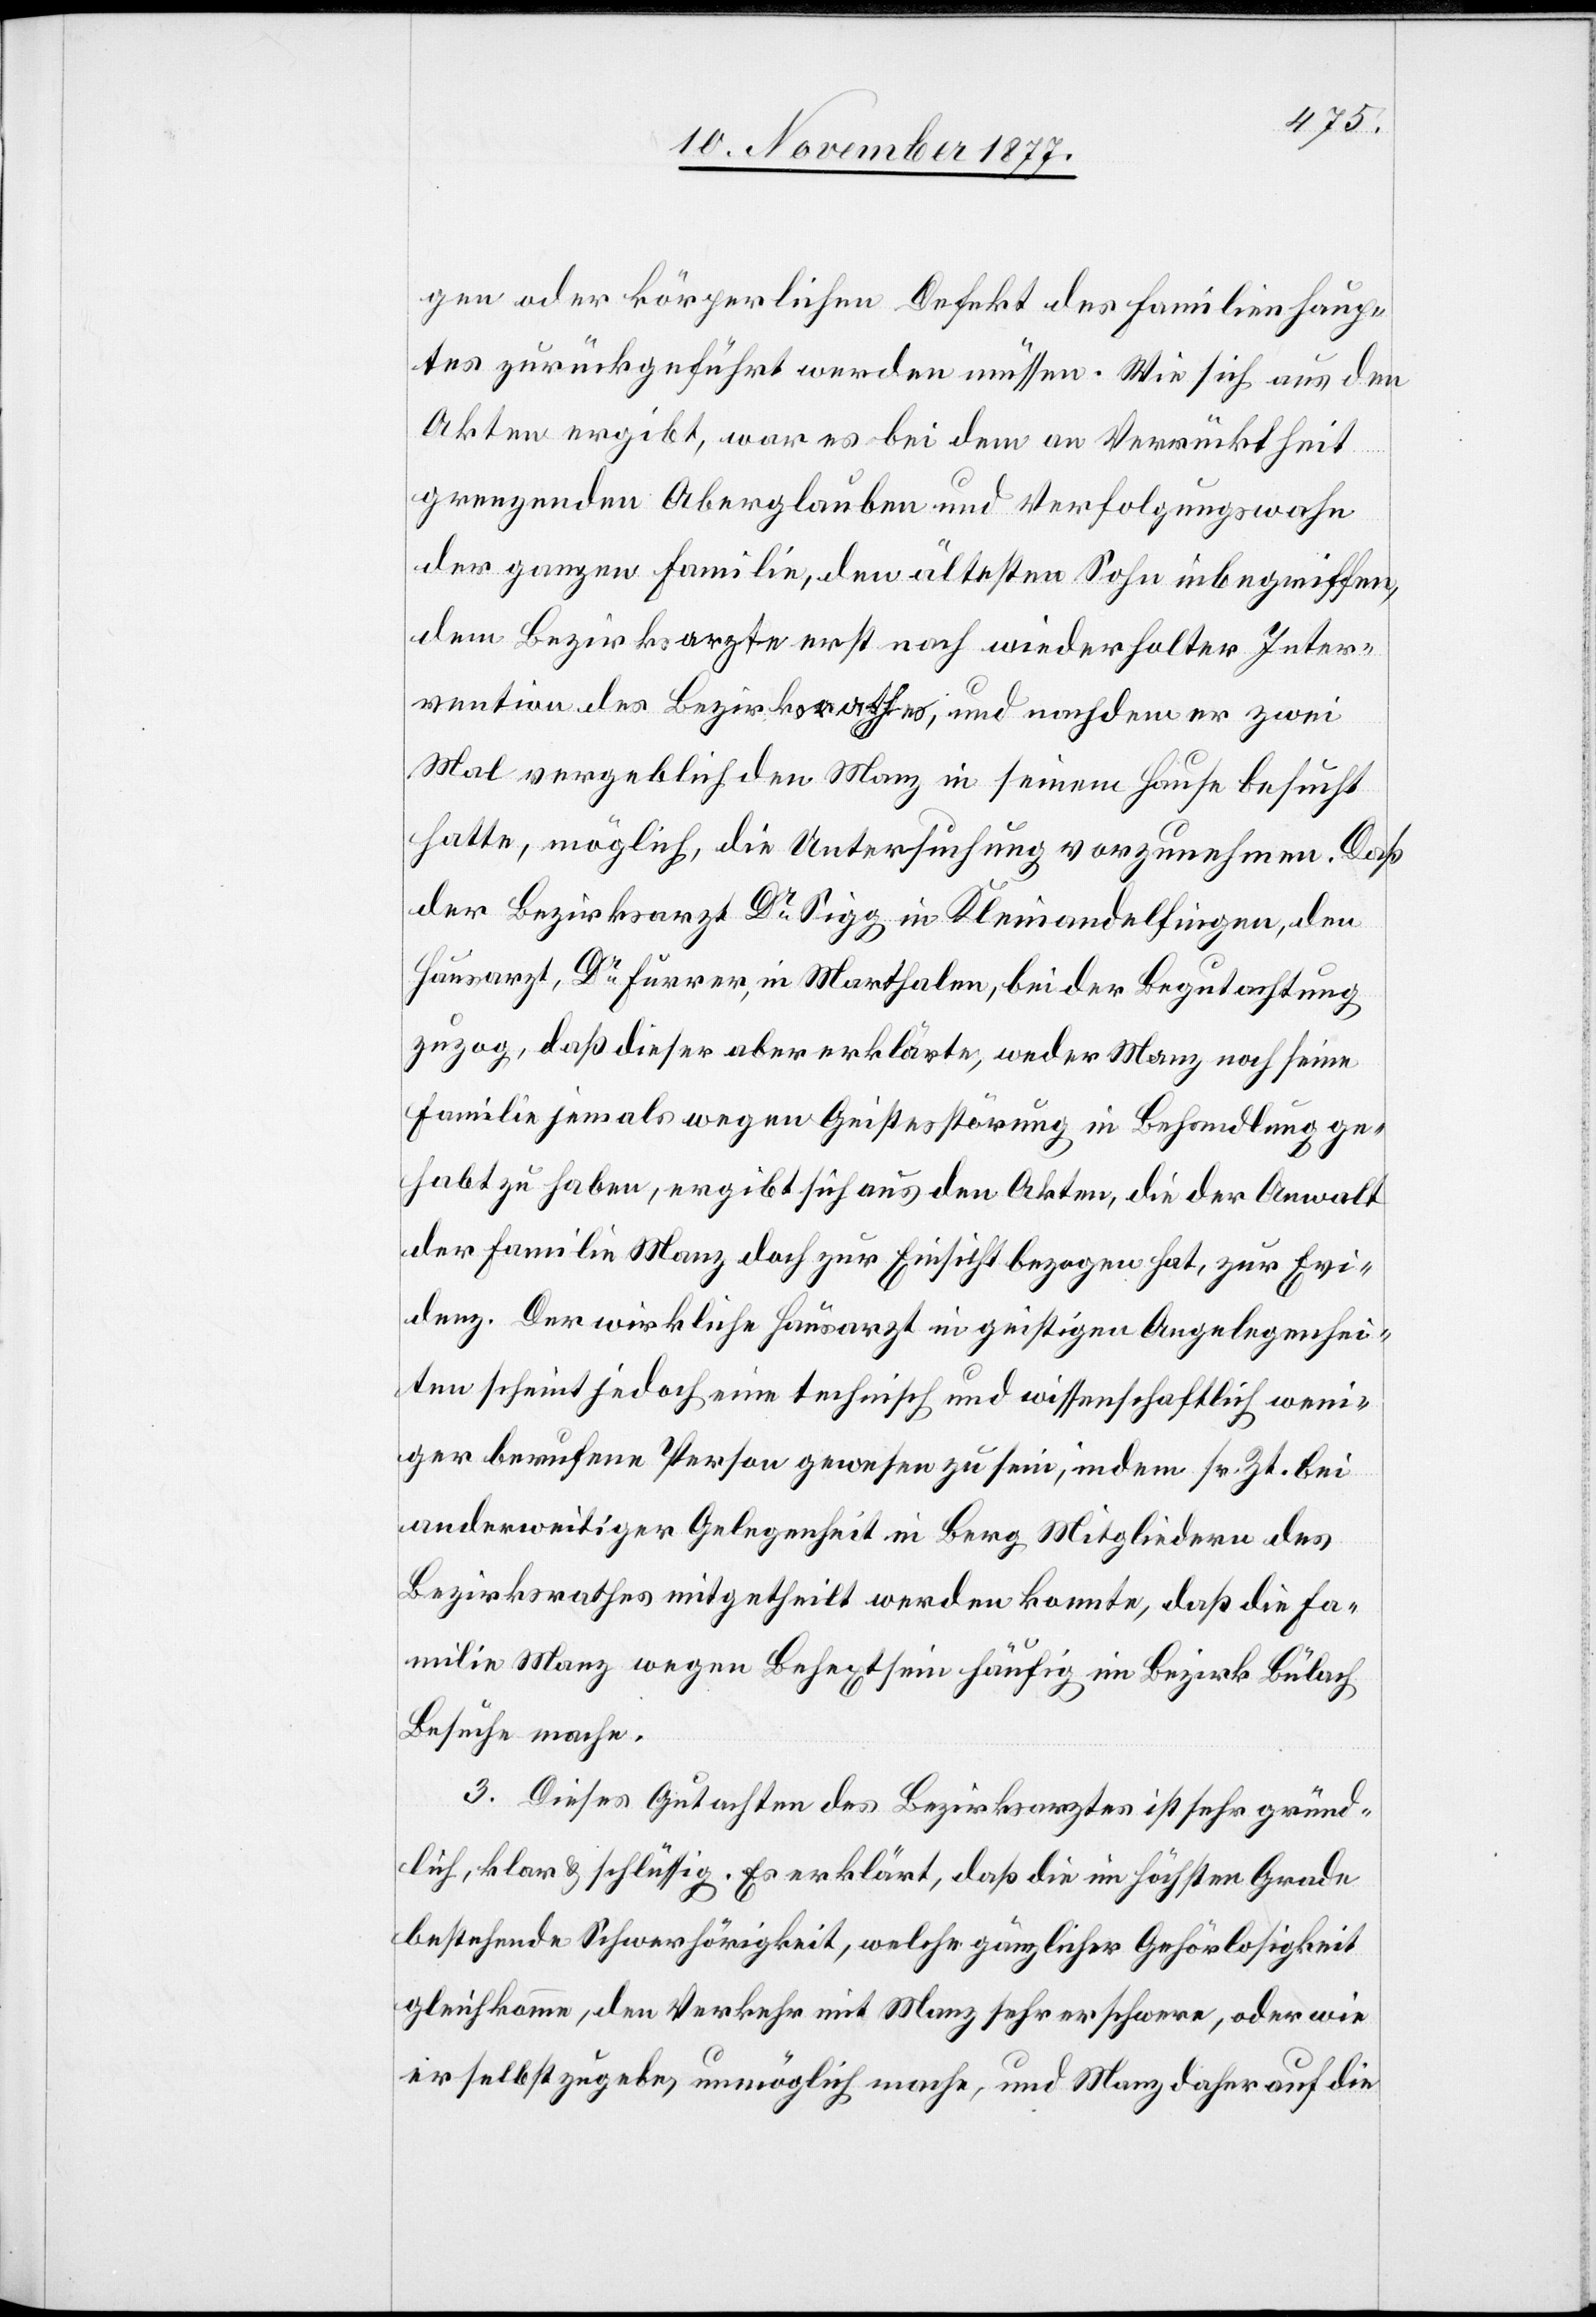
gen oder körperlichen Defekt des Familienhaup¬
tes zurückgeführt werden müssen. Wie sich aus den
Akten ergibt, war es bei dem an Verrücktheit
grenzenden Aberglauben und Verfolgungswahn
der ganzen Familie, den ältesten Sohn inbegriffen,
dem Bezirksarzte erst nach wiederholter Inter¬
vention des Bezirksrathes, und nachdem er zwei
Mal vergeblich den Manz in seinem Hause besucht
hatte, möglich, die Untersuchung vorzunehmen. Daß
der Bezirksarzt Dr Sigg in Kleinandelfingen, den
Hausarzt, Dr Furrer, in Marthalen, bei der Begutachtung
zuzog, daß dieser aber erklärte, weder Manz noch seine
Familie jemals wegen Geistesstörung in Behandlung ge¬
habt zu haben, ergibt sich aus den Akten, die der Anwalt
der Familie Manz doch zur Einsicht bezogen hat, zur Evi¬
denz. Der wirkliche Hausarzt in geistigen Angelegenhei¬
ten scheint jedoch eine technisch und wissenschaftlich weni¬
ger berufene Person gewesen zu sein, indem sr. Zt. bei
anderweitiger Gelegenheit in Berg Mitgliedern des
Bezirksrathes mitgetheilt werden konnte, daß die Fa¬
milie Manz wegen Behextsein häufig im Bezirk Bülach
Besuche mache.
3. Dieses Gutachten des Bezirksarztes ist sehr gründ¬
lich, klar & schlüssig. Es erklärt, daß die im höchsten Grade
bestehende Schwerhörigkeit, welche gänzlicher Gehörlosigkeit
gleichkomme, den Verkehr mit Manz sehr erschwere, oder wie
er selbst zugebe, unmöglich mache, und Manz daher auf die